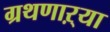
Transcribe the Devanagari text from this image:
ग्रथणाऱ्या